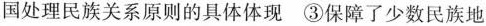
国处理民族关系原则的具体体现③保障了少数民族地